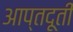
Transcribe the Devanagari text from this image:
आप्तदूती